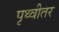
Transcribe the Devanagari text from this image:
पृथ्वीतर